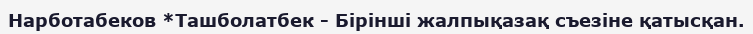
Нарботабеков *Ташболатбек - Бірінші жалпықазақ съезіне қатысқан.